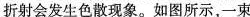
折射会发生色散现象。如图所示，一束